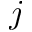
j